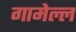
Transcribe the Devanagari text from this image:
गामेल्ल